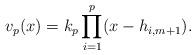
LaTeX: \begin{gather*}v_p(x)=k_{p} \prod\limits_{i=1}^{p} (x-h_{i,m+1}).\end{gather*}